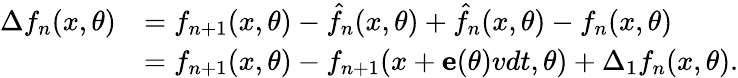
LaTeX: \begin{array}{rl}{\Delta f_{n}(x,\theta)}&{=f_{n+1}(x,\theta)-\hat{f}_{n}(x,\theta)+\hat{f}_{n}(x,\theta)-f_{n}(x,\theta)}\\ &{=f_{n+1}(x,\theta)-f_{n+1}(x+{\mathbf e}(\theta)vdt,\theta)+\Delta_{1}f_{n}(x,\theta).}\end{array}